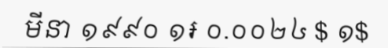
មីនា ១៩៩០ ១៛ ០.០០២៤ $ ១$